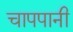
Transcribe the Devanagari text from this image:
चापपानी